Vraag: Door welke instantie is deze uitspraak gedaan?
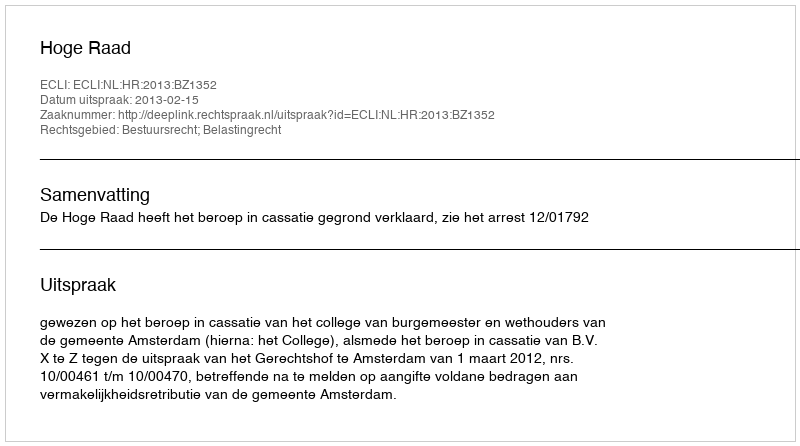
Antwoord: Hoge Raad